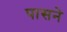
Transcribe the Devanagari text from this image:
पासने